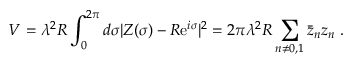
V = \lambda ^ { 2 } R \int _ { 0 } ^ { 2 \pi } d \sigma | Z ( \sigma ) - R \mathrm { e } ^ { i \sigma } | ^ { 2 } = 2 \pi \lambda ^ { 2 } R \sum _ { n \neq 0 , 1 } \bar { z } _ { n } z _ { n } \ .